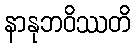
နာနုဘဝိဿတိ